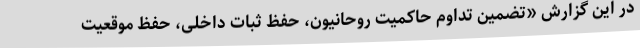
در این گزارش «تضمین تداوم حاکمیت روحانیون، حفظ ثبات داخلی، حفظ موقعیت